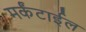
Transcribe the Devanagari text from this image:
मर्कंटाईल